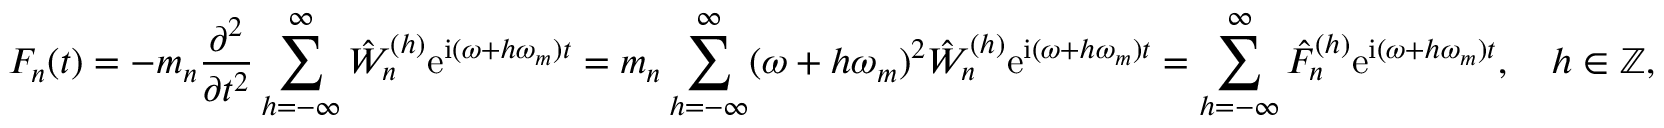
F _ { n } ( t ) = - m _ { n } \frac { \partial ^ { 2 } } { \partial t ^ { 2 } } \sum _ { h = - \infty } ^ { \infty } \hat { W } _ { n } ^ { ( h ) } \mathrm { e } ^ { \mathrm { i } ( \omega + h \omega _ { m } ) t } = m _ { n } \sum _ { h = - \infty } ^ { \infty } ( \omega + h \omega _ { m } ) ^ { 2 } \hat { W } _ { n } ^ { ( h ) } \mathrm { e } ^ { \mathrm { i } ( \omega + h \omega _ { m } ) t } = \sum _ { h = - \infty } ^ { \infty } \hat { F } _ { n } ^ { ( h ) } \mathrm { e } ^ { \mathrm { i } ( \omega + h \omega _ { m } ) t } , \quad h \in \mathbb { Z } ,